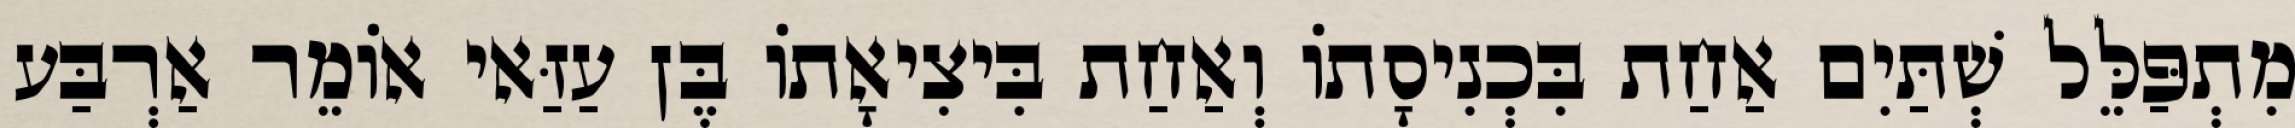
מִתְפַּלֵּל שְׁתַּיִם אַחַת בִּכְנִיסָתוֹ וְאַחַת בִּיצִיאָתוֹ בֶּן עַזַּאי אוֹמֵר אַרְבַּע